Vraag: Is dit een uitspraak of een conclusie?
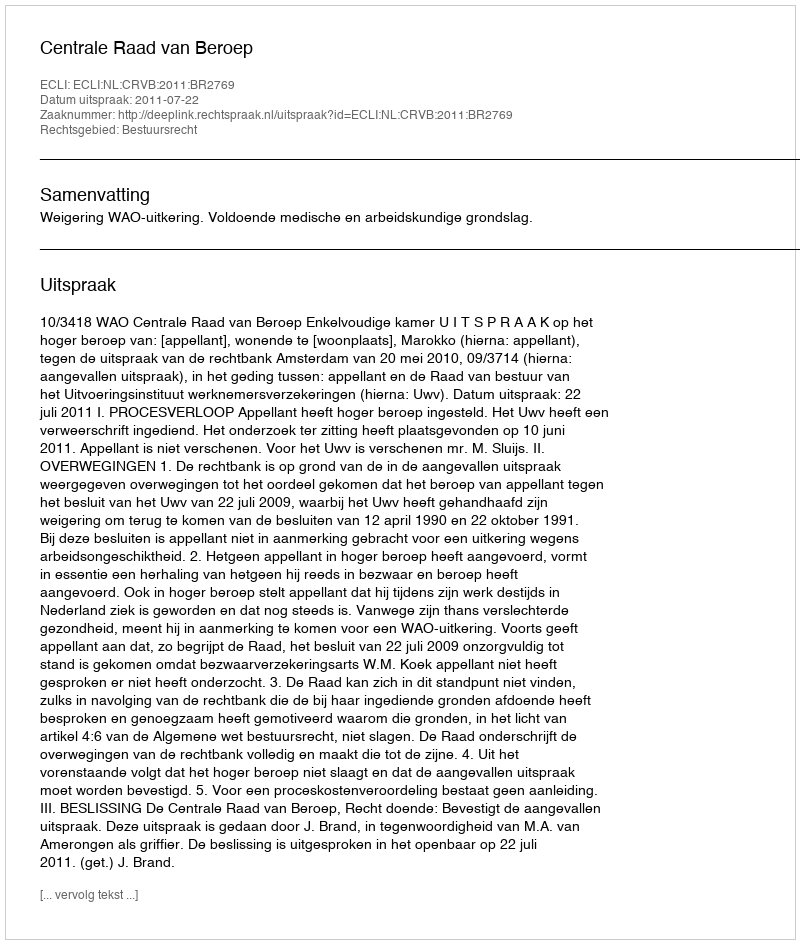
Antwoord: Uitspraak